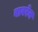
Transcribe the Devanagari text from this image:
वावरेन